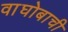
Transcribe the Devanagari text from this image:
वाघोबाची